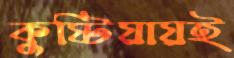
কুষ্টিয়ায়ই